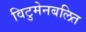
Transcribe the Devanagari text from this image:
विटुमेनबलित